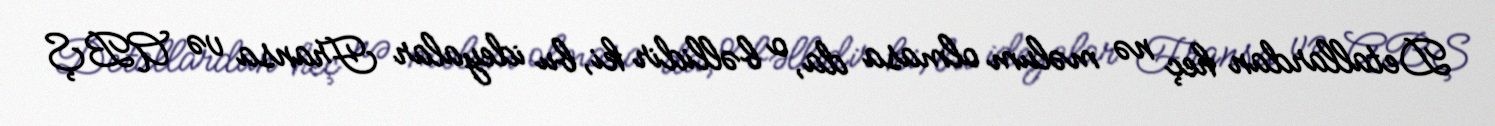
Detallardan heç nə məlum olmasa da, o bəllidir ki, bu ideyalar Fransa və ABŞ